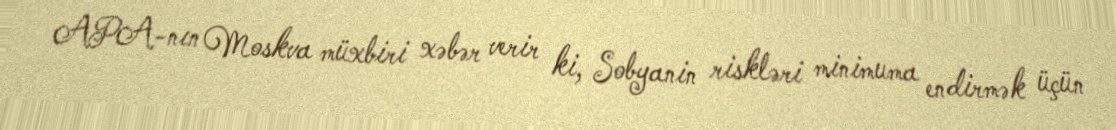
APA-nın Moskva müxbiri xəbər verir ki, Sobyanin riskləri minimuma endirmək üçün